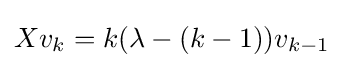
Xv_{k}=k(\lambda -(k-1))v_{k-1}